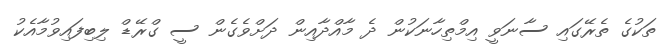
ތަކުގެ ތެރޭގައި ސާނަވީ އިމްތިހާނަކުން ދެ މާއްދާއިން ދަށްވެގެން ސީ ގްރޭޑް ލިބިފައިވުމާއެކު